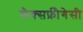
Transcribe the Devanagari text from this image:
सैक्सफ्रीैगेसी